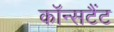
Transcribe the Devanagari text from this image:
कॉन्सटैंट